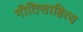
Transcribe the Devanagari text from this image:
गीतिसाहित्य